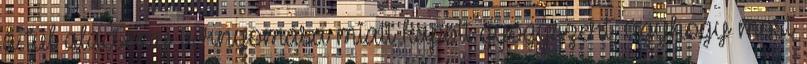
a túl alacsony vérnyomása miatt kapott gyógyszert, úgyhogy most